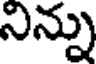
నిన్ను